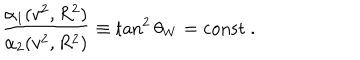
LaTeX: \frac { \alpha _ { 1 } ( v ^ { 2 } , R ^ { 2 } ) } { \alpha _ { 2 } ( v ^ { 2 } , R ^ { 2 } ) } \equiv \tan ^ { 2 } \theta _ { W } = \mathrm { c o n s t } \ .